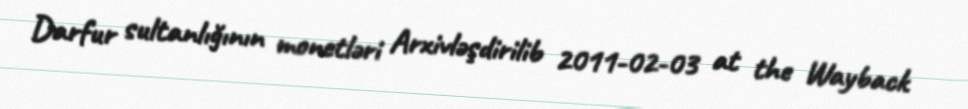
Darfur sultanlığının monetləri Arxivləşdirilib 2011-02-03 at the Wayback